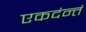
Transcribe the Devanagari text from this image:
एकदंन्तं